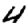
Digit: 4